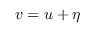
\boldsymbol { v } = \boldsymbol { u } + \eta